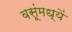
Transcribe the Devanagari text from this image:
वसूंमध्यें